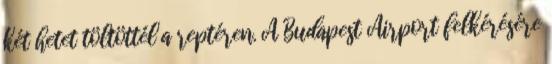
két hetet töltöttél a reptéren. A Budapest Airport felkérésére